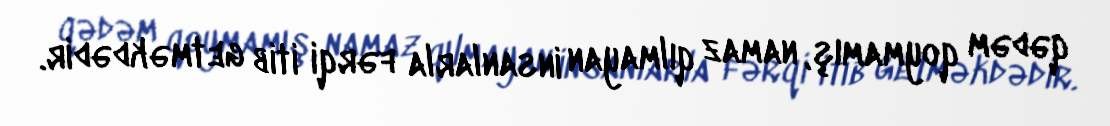
qədəm qoymamış, namaz qılmayan insanlarla fərqi itib getməkdədir.